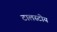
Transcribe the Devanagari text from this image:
टालस्टोय